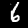
Digit: 6